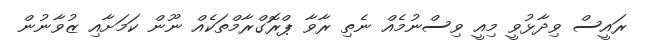
ރައީސް ވިދާޅުވީ މިއީ ވިސްނުމެއް ނެތި ރާވާ ޕްރޮގްރާމްތަކެއް ނޫން ކަމަށާއި ޒުވާނުން